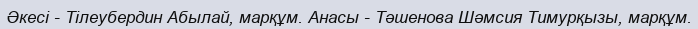
Әкесі - Тілеубердин Абылай, марқұм. Анасы - Тәшенова Шәмсия Тимурқызы, марқұм.